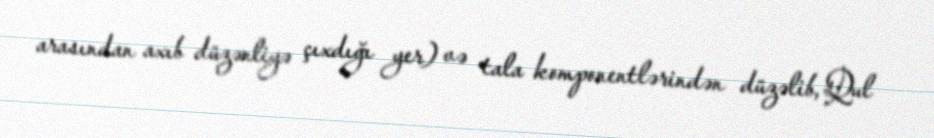
arasından axıb düzənliyə çıxdığı yer) və tala komponentlərindən düzəlib, Qul